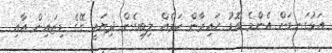
އަޅުގަނޑަށް އެންމެ ބޮޑު ހައިރާން ކަމެއް ލިބިގެން ދިޔައީ ގޭގެ ޑިޒައިން އާއި